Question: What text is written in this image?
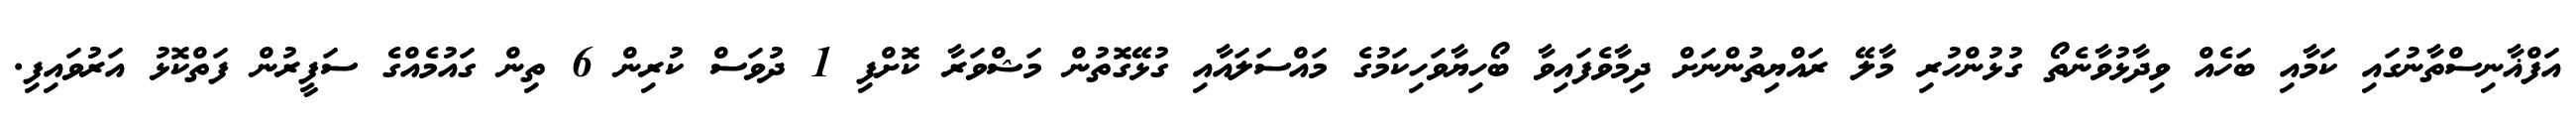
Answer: އަފްޣާނިސްތާނުގައި ކަމާއި ބަހެއް ވިދާޅުވާނެތޯ ގުޅުންހުރި މާލޭ ރައްޔިތުންނަށް ދިމާވެފައިވާ ބޯހިޔާވަހިކަމުގެ މައްސަލައާއި ގުޅޭގޮތުން މަޝްވަރާ ކޮށްފި 1 ދުވަސް ކުރިން 6 ތިން ގައުމެއްގެ ސަފީރުން ފަތްކޮޅު އަރުވައިފި.